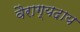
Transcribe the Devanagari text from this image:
वैराग्यदाय